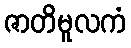
ဇာတိမူလကံ